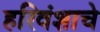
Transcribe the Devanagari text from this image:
हरिवंशाचे